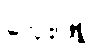
လေးဖြူ